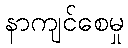
နာကျင်စေမှု